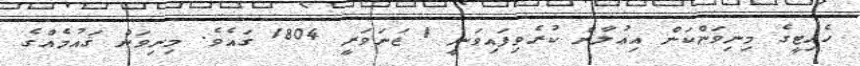
ހެއިޓީގެ މިނިވަންކަން އިޢުލާން ކުރެވިފައިވަނީ 1 ޖަނަވަރީ 1804 ގައެވެ. މިނިވަން ޤައުމެއްގެ